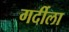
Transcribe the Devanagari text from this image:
गर्दीला